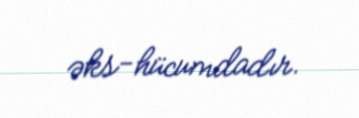
əks-hücumdadır.